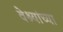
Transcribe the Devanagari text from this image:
वेश्यांच्या